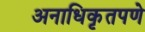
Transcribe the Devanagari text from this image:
अनाधिकृतपणे